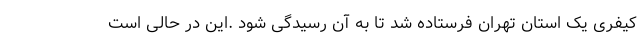
کیفری یک استان تهران فرستاده شد تا به آن رسیدگی شود .این در حالی است